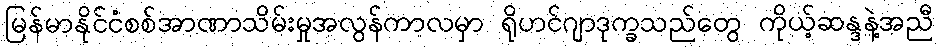
မြန်မာနိုင်ငံစစ်အာဏာသိမ်းမှုအလွန်ကာလမှာ ရိုဟင်ဂျာဒုက္ခသည်တွေ ကိုယ့်ဆန္ဒနဲ့အညီ